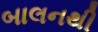
બાલનથી